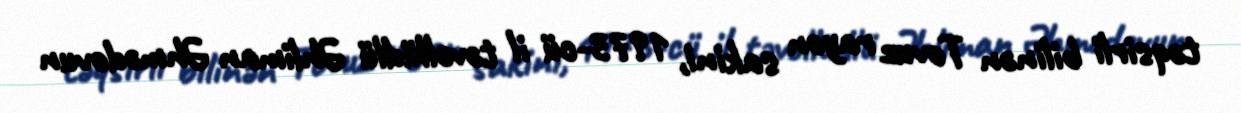
təqsirli bilinən Tovuz rayon sakini, 1973-cü il təvəllüdlü Əhliman Əhmədovun